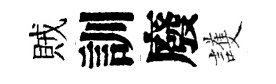
賊訓廢護